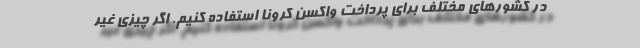
در کشورهای مختلف برای پرداخت واکسن کرونا استفاده کنیم. اگر چیزی غیر